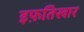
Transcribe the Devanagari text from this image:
इफ़तिखार